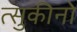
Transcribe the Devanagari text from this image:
त्सुकीनो